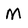
Character: M